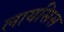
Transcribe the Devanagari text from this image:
लायसिस